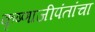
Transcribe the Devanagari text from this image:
कृष्णाजीपंतांचा